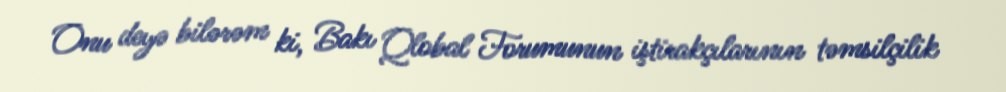
Onu deyə bilərəm ki, Bakı Qlobal Forumunun iştirakçılarının təmsilçilik